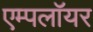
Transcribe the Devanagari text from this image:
एम्पलॉयर